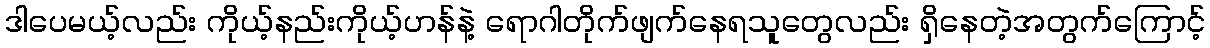
ဒါပေမယ့်လည်း ကိုယ့်နည်းကိုယ့်ဟန်နဲ့ ရောဂါတိုက်ဖျက်နေရသူတွေလည်း ရှိနေတဲ့အတွက်ကြောင့်